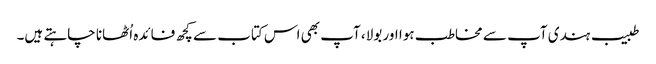
طبیب ہندی آپ سے مخاطب ہوا اور بولا، آپ بھی اس کتاب سے کچھ فائدہ اُٹھانا چاہتے ہیں۔